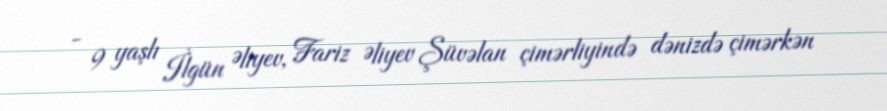
- 9 yaşlı İlgün Əliyev, Fariz Əliyev Şüvəlan çimərliyində dənizdə çimərkən